Leaving Certificate Examination (including Day School Certificate (Higher) General paper), 1931
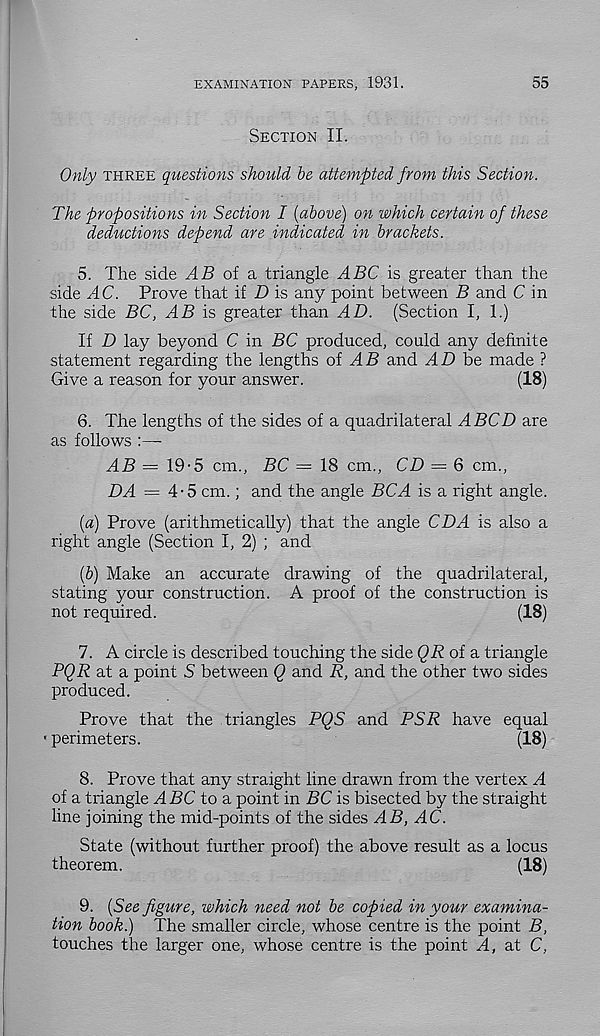
EXAMINATION PAPERS, 1931.
55
Section II.
Only three questions should be attempted from this Section.
The propositions in Section I (above) on which certain of these
deductions depend are indicated in brackets.
5. The side ylZ? of a triangle ABC is greater than the
side AC. Prove that if D is any point between B and C in
the side BC, AB is greater than AD. (Section I, 1.)
If D lay beyond C in BC produced, could any definite
statement regarding the lengths oi AB and AD be made ?
Give a reason for your answer.
(18)
6. The lengths of the sides of a quadrilateral ABCD are
as follows :—-
AB = 19-5 cm., BC = 18 cm., CD — 6 cm.,
DA = 4-5 cm.; and the angle BCA is a right angle.
(a) Prove (arithmetically) that the angle CDA is also a
right angle (Section I, 2) ; and
(b) Make an accurate drawing of the quadrilateral,
stating your construction. A proof of the construction is
not required.
(18)
7. A circle is described touching the side QR of a triangle
PQR at a point S between Q and R, and the other two sides
produced.
Prove that the triangles PQS and PSR have equal
■ perimeters.
(18)
8. Prove that any straight line drawn from the vertex A
of a triangle ABC to a point in BC is bisected by the straight
line joining the mid-points of the sides AB, AC.
State (without further proof) the above result as a locus
theorem.
(18)
9. (See figure, which need not be copied in your examina-
tion book.) The smaller circle, whose centre is the point B,
touches the larger one, whose centre is the point A, at C,